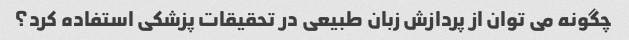
چگونه می توان از پردازش زبان طبیعی در تحقیقات پزشکی استفاده کرد؟